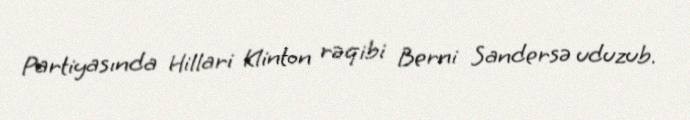
Partiyasında Hillari Klinton rəqibi Berni Sandersə uduzub.